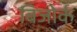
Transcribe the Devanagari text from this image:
बिजोर्क